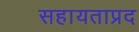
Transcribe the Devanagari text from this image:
सहायताप्रद